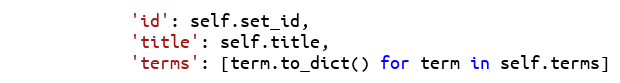
Language: Python
            'id': self.set_id,
            'title': self.title,
            'terms': [term.to_dict() for term in self.terms]